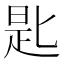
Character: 匙